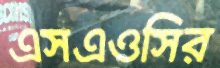
এসএওসির